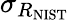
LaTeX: \sigma_{R_{\mathrm{{NIST}}}}